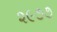
૨૯૭૭